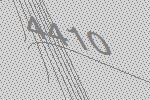
4410